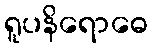
ရူပနိရောဓေ